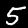
Digit: 5